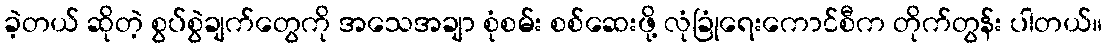
ခဲ့တယ် ဆိုတဲ့ စွပ်စွဲချက်တွေကို အသေအချာ စုံစမ်း စစ်ဆေးဖို့ လုံခြုံရေးကောင်စီက တိုက်တွန်း ပါတယ်။